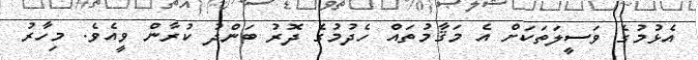
އެޅުމުގެ ވަސީލަތަކަށް އެ މަޤާމުތައް ހެދުމުގެ ދޮރު ބަންދު ކުރާން ވީއެވެ. މިހާރު